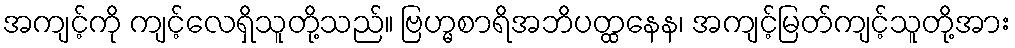
အကျင့်ကို ကျင့်လေရှိသူတို့သည်။ ဗြဟ္မစာရိအဘိပတ္ထနေန၊ အကျင့်မြတ်ကျင့်သူတို့အား